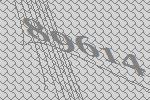
89614